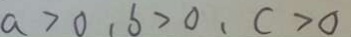
a > 0 , b > 0 , c > 0